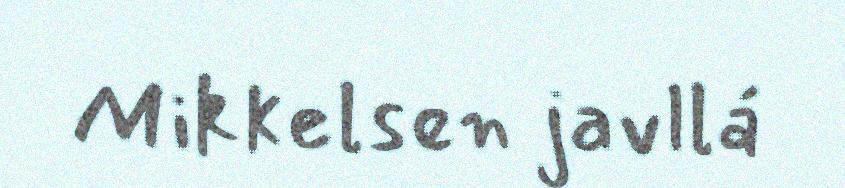
Mikkelsen javllá